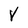
Character: V